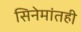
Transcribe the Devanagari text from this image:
सिनेमांतही